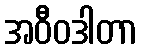
အဝီဝဒါတာ